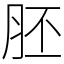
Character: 胚